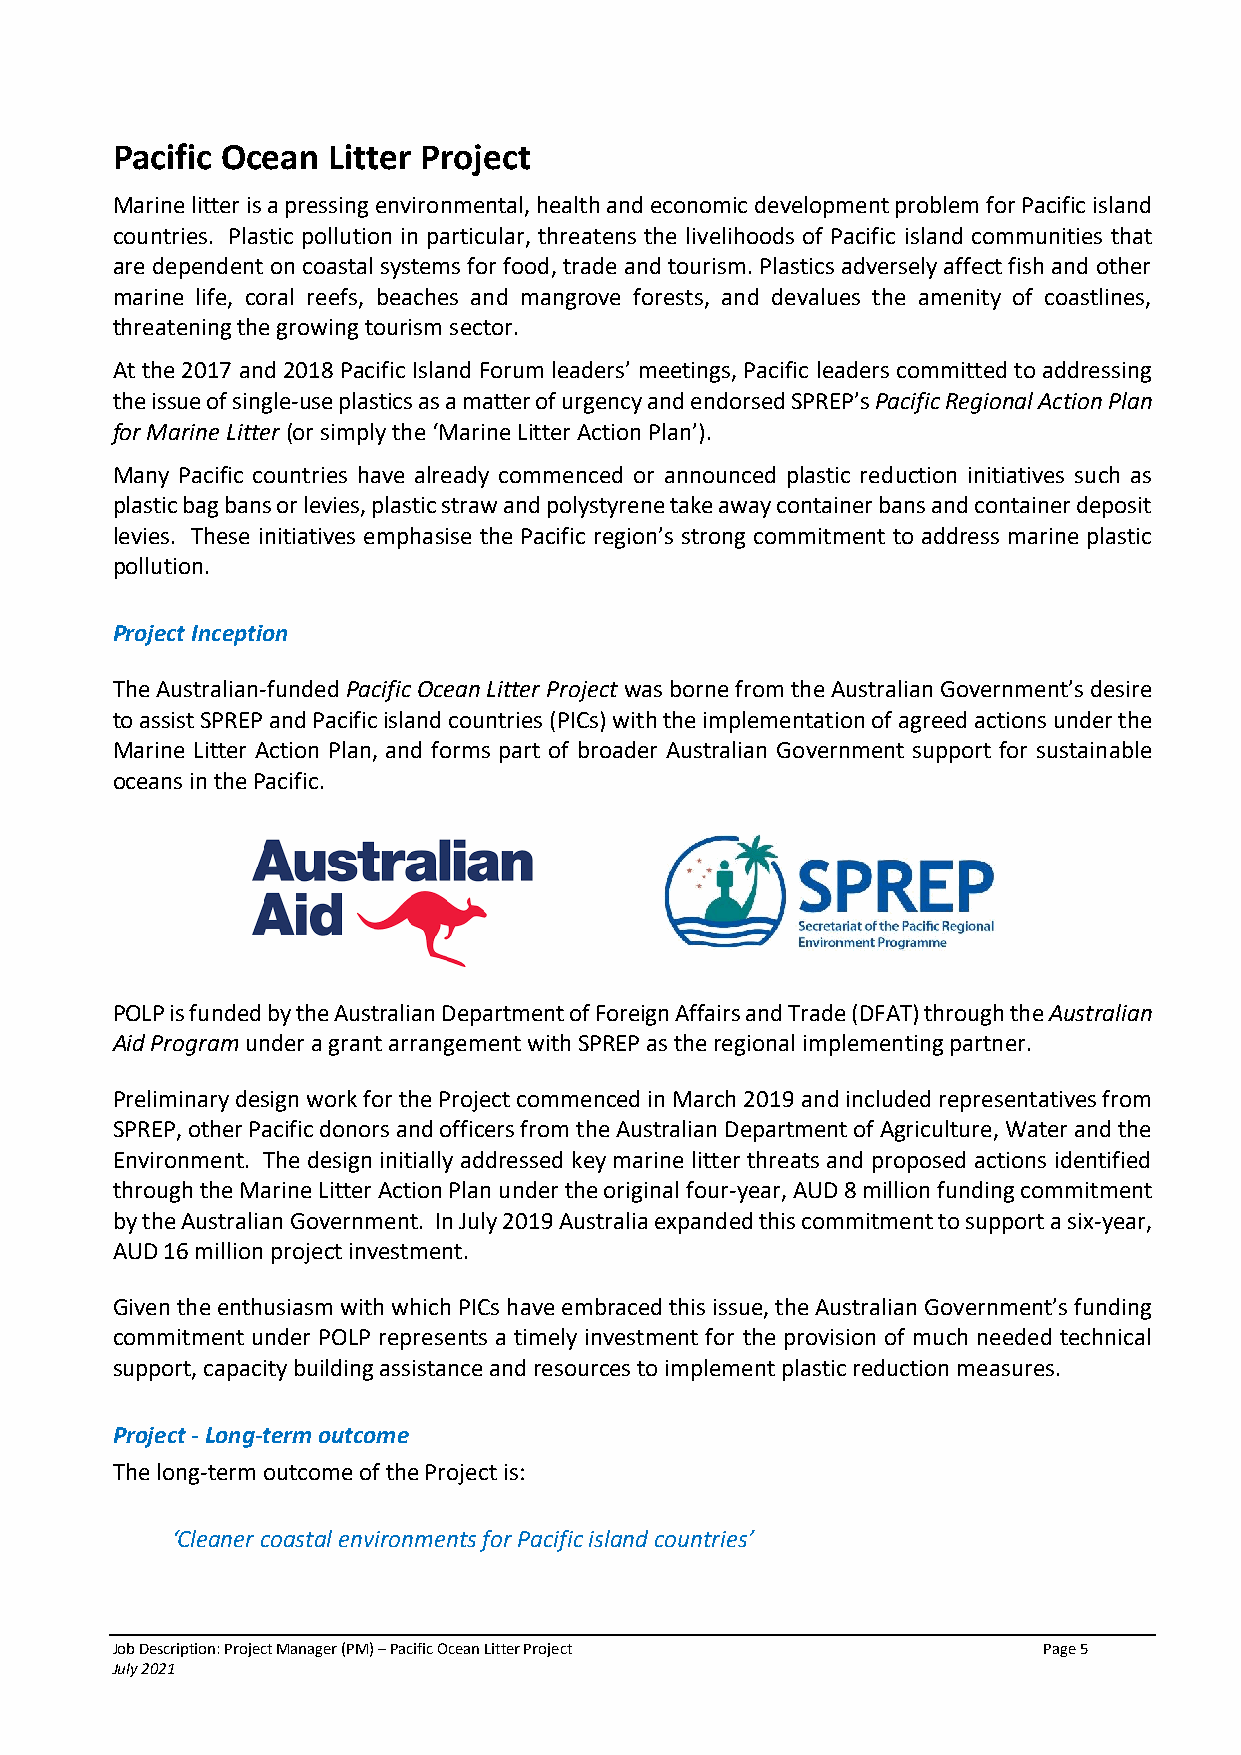
Pacific Ocean  Litter Project
 Marine litter is a pressing environmental, health and economic development problem for Pacific island
 countries. Plastic pollution in particular, threatens the livelihoods of Pacific island communities that
 are dependent on coastal systems for food, trade and tourism. Plastics adversely affect fish and other
 marine life, coral reefs, beaches and mangrove forests, and devalues the amenity of coastlines,
 threatening the growing tourism sector.
 At the 2017 and 2018 Pacific Island Forum leaders’ meetings, Pacific leaders committed to addressing
 the issue of single-use plastics as a matter of urgency and endorsed SPREP’s Pacific Regional Action Plan
 for Marine Litter (or simply the ‘Marine Litter Action Plan’).
 Many Pacific countries have already commenced or announced plastic reduction initiatives such as
 plastic bag bans or levies, plastic straw and polystyrene take away container bans and container deposit
 levies. These initiatives emphasise the Pacific region’s strong commitment to address marine plastic
 pollution.
 Project Inception
 The Australian-funded Pacific Ocean Litter Project was borne from the Australian Government’s desire
 to assist SPREP and Pacific island countries (PICs) with the implementation of agreed actions under the
 Marine Litter Action Plan, and forms part of broader Australian Government support for sustainable
 oceans in the Pacific.
 POLP is funded by the Australian Department of Foreign Affairs and Trade (DFAT) through the Australian
 Aid Program under a grant arrangement with SPREP as the regional implementing partner.
 Preliminary design work for the Project commenced in March 2019 and included representatives from
 SPREP, other Pacific donors and officers from the Australian Department of Agriculture, Water and the
 Environment. The design initially addressed key marine litter threats and proposed actions identified
 through the Marine Litter Action Plan under the original four-year, AUD 8 million funding commitment
 by the Australian Government. In July 2019 Australia expanded this commitment to support a six-year,
 AUD 16 million project investment.
 Given the enthusiasm with which PICs have embraced this issue, the Australian Government’s funding
 commitment under POLP represents a timely investment for the provision of much needed technical
 support, capacity building assistance and resources to implement plastic reduction measures.
 Project - Long-term outcome
 The long-term outcome of the Project is:
 ‘Cleaner coastal environments for Pacific island countries’
 Job Description: Project Manager (PM) – Pacific Ocean Litter Project Page 5
 July 2021